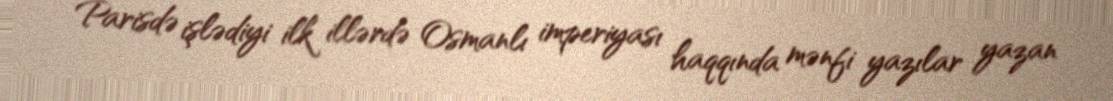
Parisdə işlədiyi ilk illərdə Osmanlı imperiyası haqqında mənfi yazılar yazan